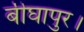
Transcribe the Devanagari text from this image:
बीघापुर।